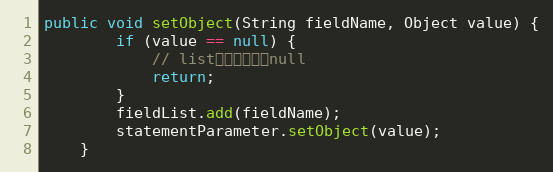
Language: Java
public void setObject(String fieldName, Object value) {
		if (value == null) {
			// list默认允许传入null
			return;
		}
		fieldList.add(fieldName);
		statementParameter.setObject(value);
	}